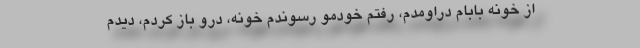
از خونه بابام دراومدم، رفتم خودمو رسوندم خونه، درو باز کردم، دیدم